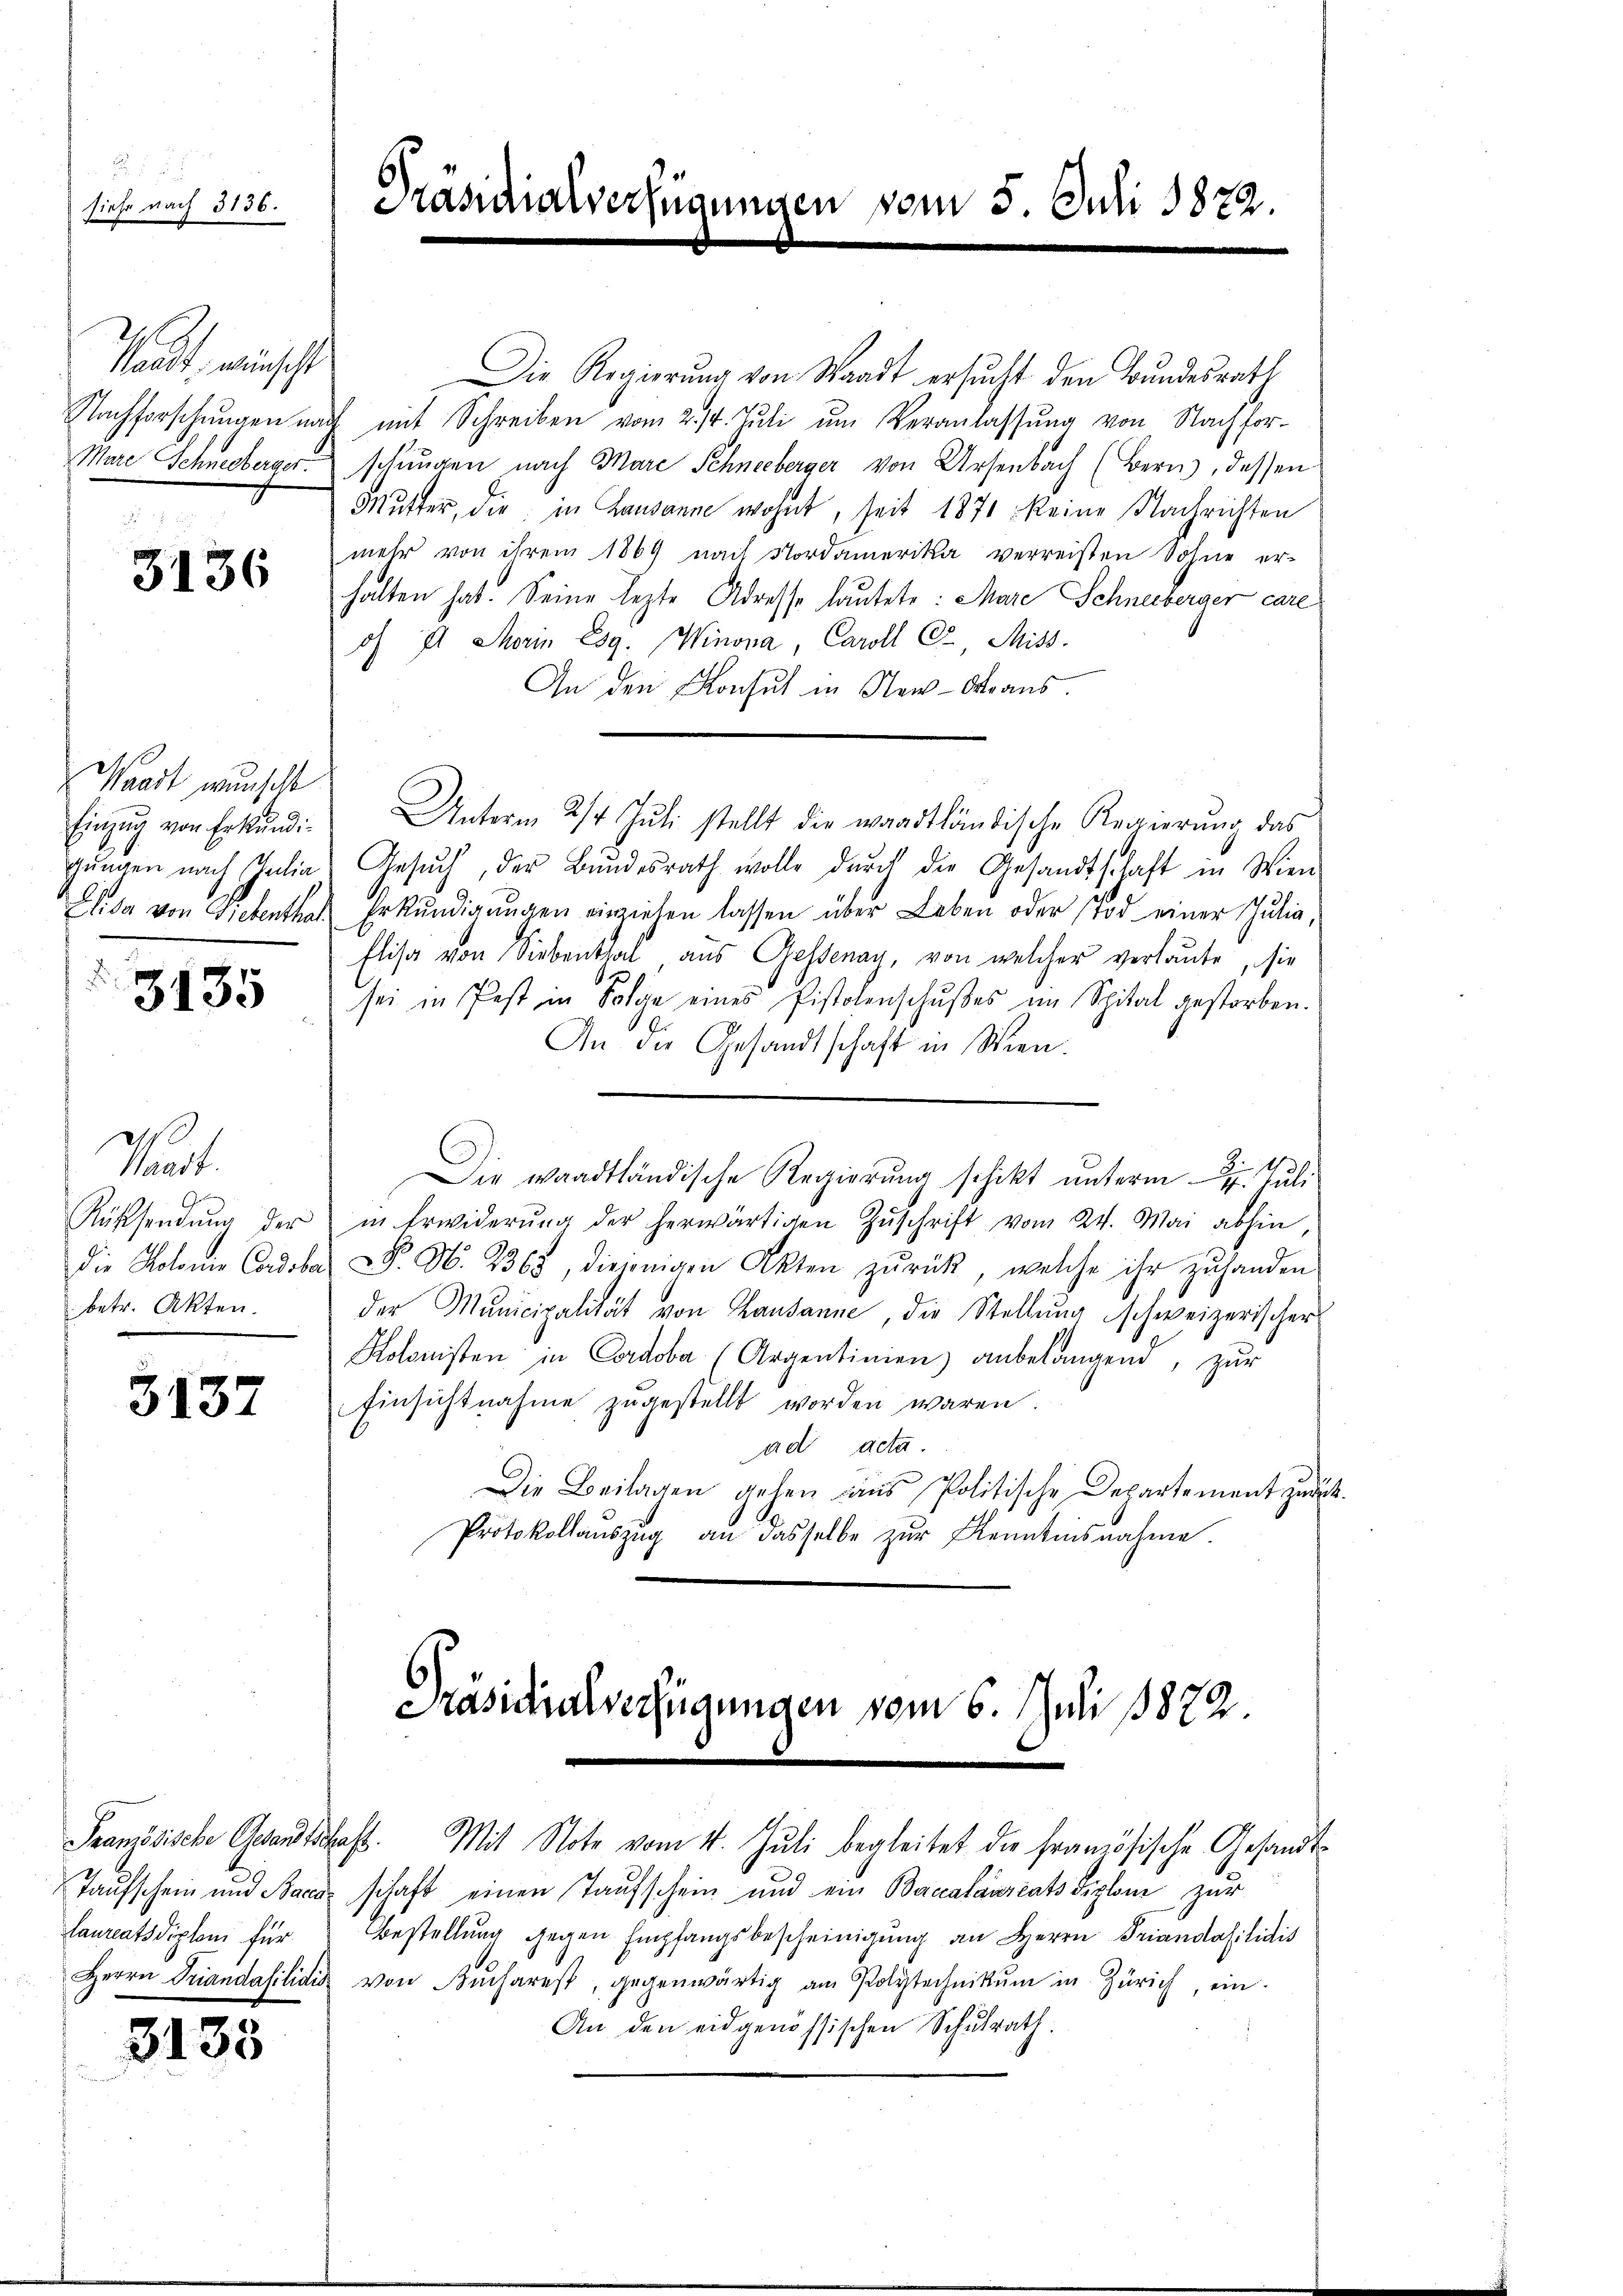
saat, meinscht
Nachforschungen na
Mare Schneeberner

3136

3135

25
siehe nach 3136.

Waadt wünscht
Einzŭg von Erkundi
gungen nach Julia
Ehda von Gretenthal

Raut
Rücksendung der
die Kolonis Candoba
betr. Akten.

3137

Laureatsdiplom für

3133

Drasicalverfügungen vom 5. Juli 1872.

Die Regierung von Waadt ersucht den Bundesrath
ich mit Schreiben vom 2./4. Juli um Veranlassung von Nachforschungen nach Mare Schneeberger von Ursenbach (Bern), dessen
Mutter, die in Lausanne wohnt, seit 1871 keine Nachrichten
mehr von ihrem 1869 nach Nordamerika verreisten Sohne er-
halten hat. Seine lezte Adresse lautete: Mare Schneeberger care
 I Morin Esg. Winona, Caroll C, Miss.
An den Konsul in New-Oraŭs.
Unterm 24. Jŭli stellt die waadtländische Regierŭng das
Gesŭch, der Bŭndesrath wolle dŭrch die Gesandtschaft in Wien
Erkŭndigŭngen einziehen lassen über Leben oder Tod einer Julia,
Elisa von Siebenthal, aus Gessenar, von welcher verlaute, sie
sei in Pest in Folge eines Pistolenschußes im Spital gestorben.
An die Gesandtschaft in Wien.
Die waadtländische Regierung schikt unterm 7. Juli
in Erwiderŭng der herwärtigen Zŭschrift vom 24. Mai abhin,
. N. 2368, diejenigen Akten zŭrück, welche ihr zŭ handen
der Municipalität von Lausanne, die Stellung schweizerischer
Kolonisten in Cordoba (Argentinien anbelangend, zur
Einsichtnahme zugestellt worden waren
ad acta.
Die Beilagen gehen aus Politische Departement zurück¬
Protokollaŭszŭg an dasselbe zŭr Kenntnisnahme.

Rasicalverfügungen vom 6. Juli 1872
Französische Gesandtschaft. Mit Note vom 4. Juli begleitet die französische Gesandt-

Taufschein und Bach schaft einen Taufschein und ein Bacalariats diplome zur
Bestellung gegen Empfangsbescheinigŭng an Herrn Triandosilidis
Herrn Triandasilidit von Bucharest, gegenwärtig am Polytechnikum in Zürich, ein
An den eidgenössischen Schulrath.